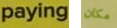
paying مكان